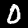
Label: 0